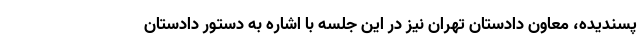
پسندیده، معاون دادستان تهران نیز در این جلسه با اشاره به دستور دادستان